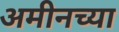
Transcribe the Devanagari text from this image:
अमीनच्या